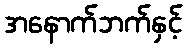
အနောက်ဘက်နှင့်